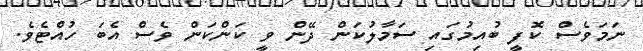
ނަމަވެސް ކޮފީ ބުއިމުގައި ސަމާލުކަން ދޭން ވީ ކަންކަން ވެސް އެބަ ހުއްޓެވެ.